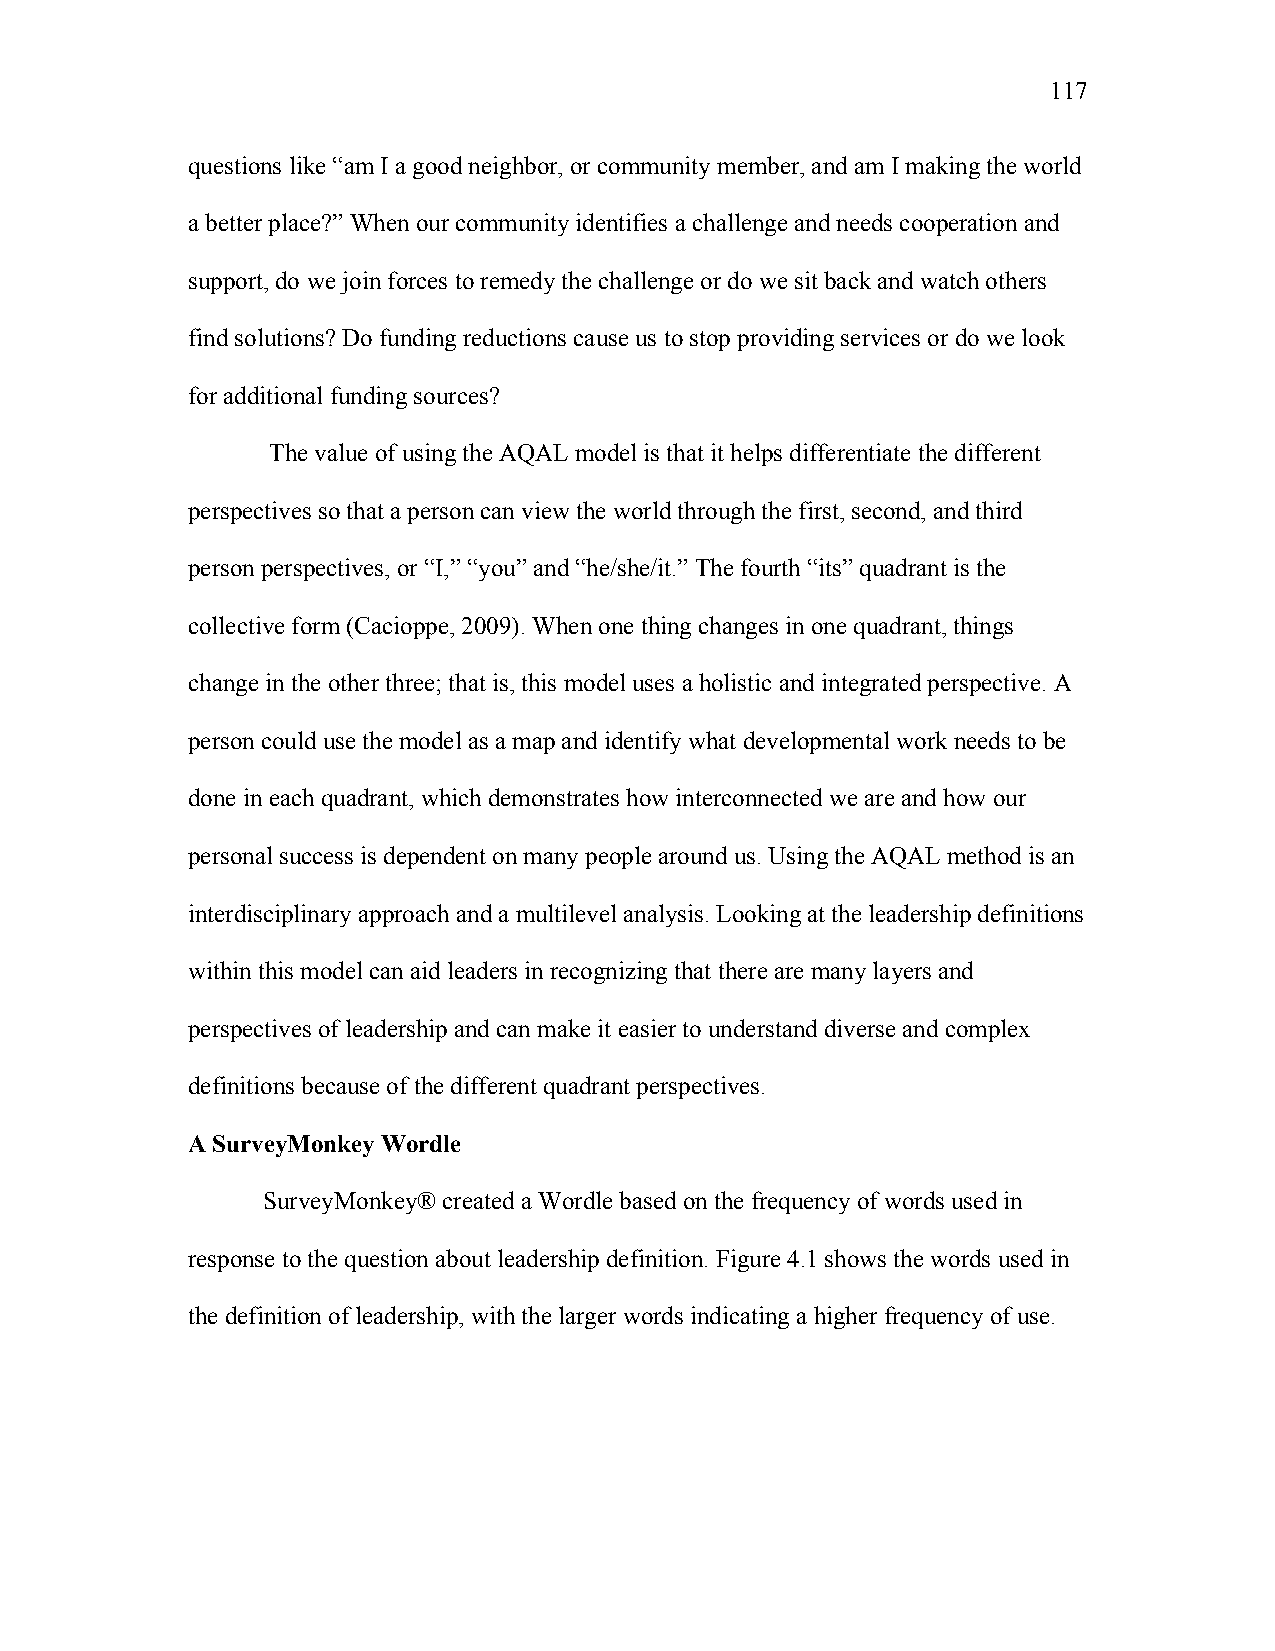
117
 questions like “am I a good neighbor, or community member, and am I making the world
 a better place?” When our community identifies a challenge and needs cooperation and
 support, do we join forces to remedy the challenge or do we sit back and watch others
 find solutions? Do funding reductions cause us to stop providing services or do we look
 for additional funding sources?
 The value of using the AQAL model is that it helps differentiate the different
 perspectives so that a person can view the world through the first, second, and third
 person perspectives, or “I,” “you” and “he/she/it.” The fourth “its” quadrant is the
 collective form (Cacioppe, 2009). When one thing changes in one quadrant, things
 change in the other three; that is, this model uses a holistic and integrated perspective. A
 person could use the model as a map and identify what developmental work needs to be
 done in each quadrant, which demonstrates how interconnected we are and how our
 personal success is dependent on many people around us. Using the AQAL method is an
 interdisciplinary approach and a multilevel analysis. Looking at the leadership definitions
 within this model can aid leaders in recognizing that there are many layers and
 perspectives of leadership and can make it easier to understand diverse and complex
 definitions because of the different quadrant perspectives.
 A SurveyMonkey Wordle
 SurveyMonkey® created a Wordle based on the frequency of words used in
 response to the question about leadership definition. Figure 4.1 shows the words used in
 the definition of leadership, with the larger words indicating a higher frequency of use.